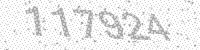
Solution: 117924